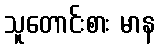
သူတောင်းစား မာန